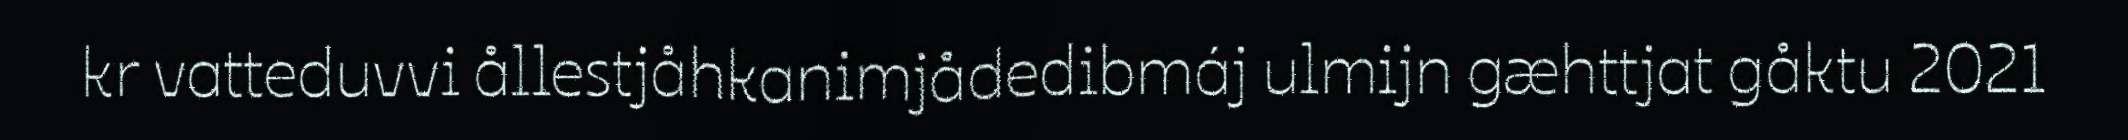
kr vatteduvvi ållestjåhkanimjådedibmáj ulmijn gæhttjat gåktu 2021